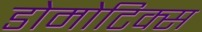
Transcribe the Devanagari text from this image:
डोमोटिक्स